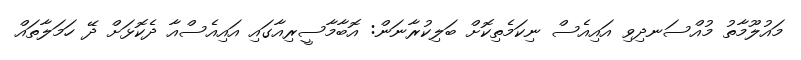
މައުލޫމާތު މުއްސަނދިވި އައިއެސް ނިކަމެތިކޮށް ބަލިކުރާނަން: އޮބާމާސީރިއާގައި އައިއެސްއާ ދެކޮޅަށް ދޭ ހަމަލާތައް